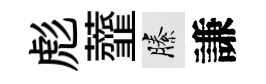
彪虀縢謙